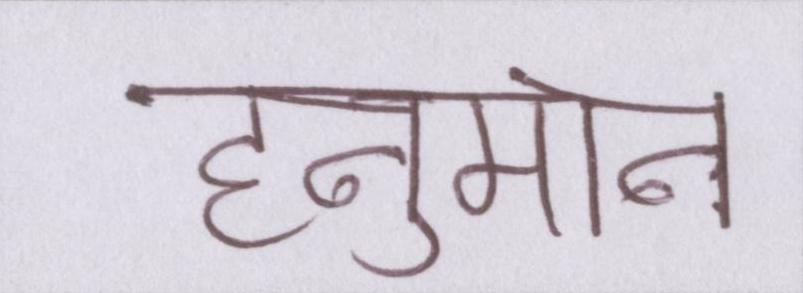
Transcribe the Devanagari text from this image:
हनुमान